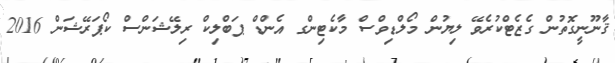
ޤާނޫނީގޮތުން ގެޒެޓްކުރެވޭ ލިޔުން މޯލްޑިވްސް މާކެޓިންގ އެންޑް ޕަބްލިކް ރިލޭޝަންސް ކޯޕަރޭޝަން 2016